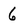
Character: 6